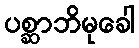
ပစ္ဆာဘိမုခေါ